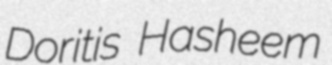
Doritis Hasheem